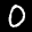
Label: 0